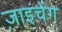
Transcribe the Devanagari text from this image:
ज़ाइचेंग